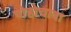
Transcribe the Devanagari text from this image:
पोहोचावा